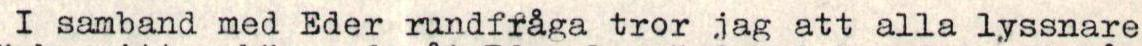
I samband med Eder rundfråga tror jag att alla lyssnare